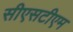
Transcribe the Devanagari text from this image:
सीएसटीएम